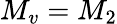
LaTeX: M_{v}=M_{2}